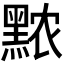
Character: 𬹖